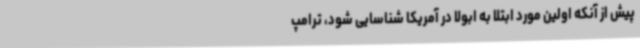
پیش از آنکه اولین مورد ابتلا به ابولا در آمریکا شناسایی شود، ترامپ